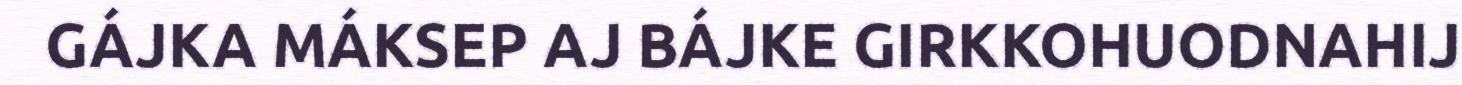
GÁJKA MÁKSEP AJ BÁJKE GIRKKOHUODNAHIJ